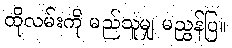
ထိုလမ်းကို မည်သူမျှ မညွှန်ပြ။